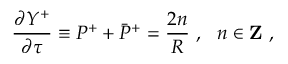
\frac { \partial Y ^ { + } } { \partial \tau } \equiv P ^ { + } + \bar { P } ^ { + } = \frac { 2 n } { R } ~ , ~ ~ n \in { \bf Z } ~ ,